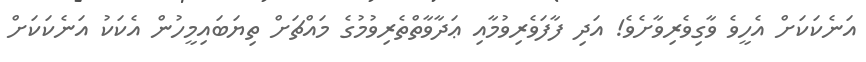
އަނެކަކަށް އެހީވެ ވާގިވެރިވާށެވެ! އަދި ފާފަވެރިވުމާއި ޢަދާވާތްތެރިވުމުގެ މައްޗަށް ތިޔަބައިމީހުން އެކަކު އަނެކަކަށް